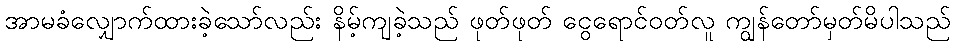
အာမခံလျှောက်ထားခဲ့သော်လည်း နိမ့်ကျခဲ့သည် ဖုတ်ဖုတ် ငွေရောင်ဝတ်လူ ကျွန်တော်မှတ်မိပါသည်